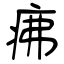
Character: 疿